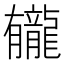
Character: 龓